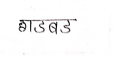
मजकूर: गडबड